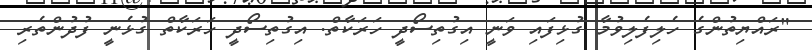
"ރައްޔިތުންގެ ހެލިފެލިވުމާ ގުޅިފައި ވަނީ އިގުތިސޯދީ ހަރަކާތް. އިގުތިސޯދީ ހަރަކާތް ގުޅެނީ ފުދުންތެރި